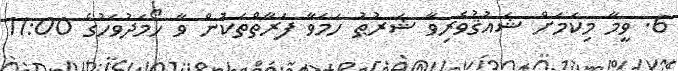
6. ވީމާ މިކަމަށް ޝައުޤުވެރިވާ ޝަރުޠު ހަމަވާ ފަރާތްތަކުން ވާ ހޯމަދުވަހުގެ 11:00